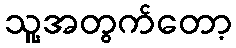
သူ့အတွက်တော့